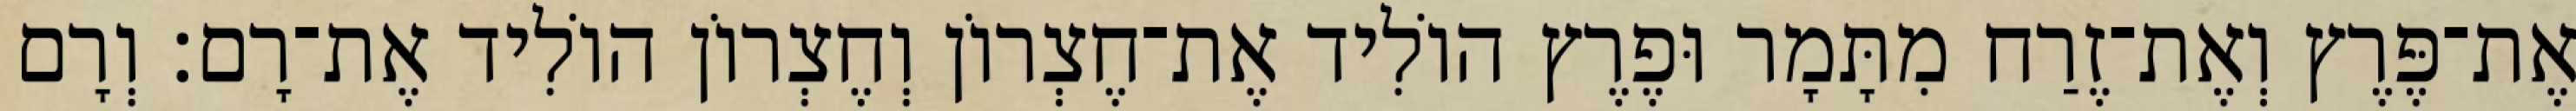
אֶת־פֶּרֶץ וְאֶת־זֶרַח מִתָּמָר וּפֶרֶץ הוֹלִיד אֶת־חֶצְרוֹן וְחֶצְרוֹן הוֹלִיד אֶת־רָם׃ וְרָם